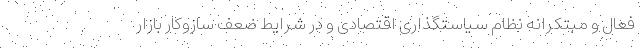
فعال و مبتکرانه نظام سیاستگذاری اقتصادی و در شرایط ضعف سازوکار بازار